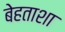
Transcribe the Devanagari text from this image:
बेहताशा